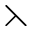
\leftthreetimes